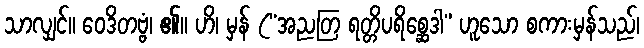
သာလျှင်။ ဝေဒိတဗ္ဗံ၊ ၏။ ဟိ၊ မှန် (“အညတြ ရတ္တိပရိစ္ဆေဒါ” ဟူသော စကားမှန်သည်၊